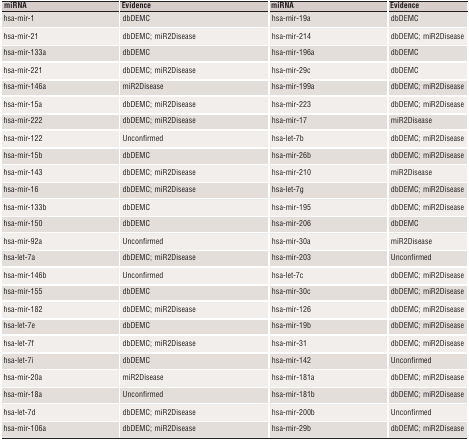
| miRNA | Evidence | miRNA | Evidence |
 | --- | --- | --- | --- |
 | hsa‐mir‐1 | dbDEMC | hsa‐mir‐19a | dbDEMC |
 | hsa‐mir‐21 | dbDEMC; miR2Disease | hsa‐mir‐214 | dbDEMC; miR2Disease |
 | hsa‐mir‐133a | dbDEMC | hsa‐mir‐196a | dbDEMC |
 | hsa‐mir‐221 | dbDEMC; miR2Disease | hsa‐mir‐29c | dbDEMC |
 | hsa‐mir‐146a | miR2Disease | hsa‐mir‐199a | dbDEMC; miR2Disease |
 | hsa‐mir‐15a | dbDEMC; miR2Disease | hsa‐mir‐223 | dbDEMC; miR2Disease |
 | hsa‐mir‐222 | dbDEMC; miR2Disease | hsa‐mir‐17 | miR2Disease |
 | hsa‐mir‐122 | Unconfirmed | hsa‐let‐7b | dbDEMC; miR2Disease |
 | hsa‐mir‐15b | dbDEMC | hsa‐mir‐26b | dbDEMC; miR2Disease |
 | hsa‐mir‐143 | dbDEMC; miR2Disease | hsa‐mir‐210 | miR2Disease |
 | hsa‐mir‐16 | dbDEMC; miR2Disease | hsa‐let‐7g | dbDEMC; miR2Disease |
 | hsa‐mir‐133b | dbDEMC | hsa‐mir‐195 | dbDEMC; miR2Disease |
 | hsa‐mir‐150 | dbDEMC | hsa‐mir‐206 | dbDEMC |
 | hsa‐mir‐92a | Unconfirmed | hsa‐mir‐30a | miR2Disease |
 | hsa‐let‐7a | dbDEMC; miR2Disease | hsa‐mir‐203 | Unconfirmed |
 | hsa‐mir‐146b | Unconfirmed | hsa‐let‐7c | dbDEMC; miR2Disease |
 | hsa‐mir‐155 | dbDEMC | hsa‐mir‐30c | dbDEMC; miR2Disease |
 | hsa‐mir‐182 | dbDEMC; miR2Disease | hsa‐mir‐126 | dbDEMC; miR2Disease |
 | hsa‐let‐7e | dbDEMC | hsa‐mir‐19b | dbDEMC; miR2Disease |
 | hsa‐let‐7f | dbDEMC; miR2Disease | hsa‐mir‐31 | dbDEMC; miR2Disease |
 | hsa‐let‐7i | dbDEMC | hsa‐mir‐142 | Unconfirmed |
 | hsa‐mir‐20a | miR2Disease | hsa‐mir‐181a | dbDEMC; miR2Disease |
 | hsa‐mir‐18a | Unconfirmed | hsa‐mir‐181b | dbDEMC; miR2Disease |
 | hsa‐let‐7d | dbDEMC; miR2Disease | hsa‐mir‐200b | Unconfirmed |
 | hsa‐mir‐106a | dbDEMC; miR2Disease | hsa‐mir‐29b | dbDEMC; miR2Disease |